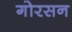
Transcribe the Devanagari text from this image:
गोरसन